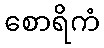
စောရိကံ